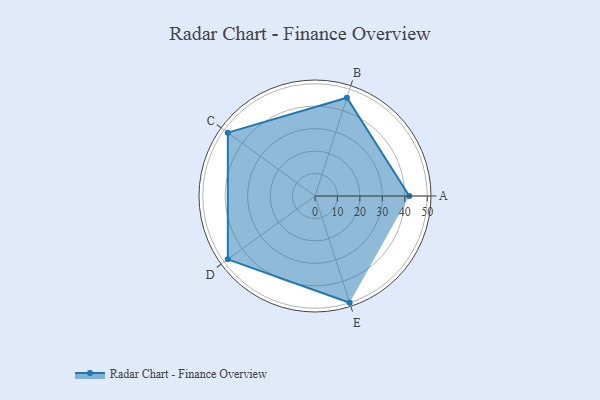
{"axis": {"x": "Skill", "y": "Score"}, "legend": ["Profile"], "data": [{"x": "A", "y": 42.0, "type": "Profile"}, {"x": "B", "y": 46.0, "type": "Profile"}, {"x": "C", "y": 48.0, "type": "Profile"}, {"x": "D", "y": 48.0, "type": "Profile"}, {"x": "E", "y": 50.0, "type": "Profile"}]}